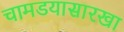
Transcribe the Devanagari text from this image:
चामडयासारखा